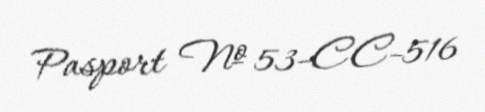
Pasport № 53-CC-516